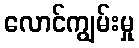
လောင်ကျွမ်းမှု